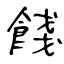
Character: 餞